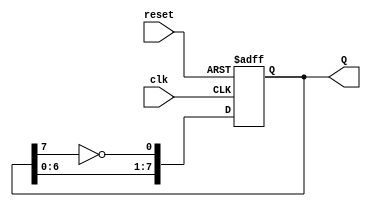
module johnson_counter (
    input wire clk,          // Clock input
    input wire reset,        // Asynchronous reset input
    output reg [7:0] Q       // 8-bit output
);

// Internal signals for the flip-flops
reg [7:0] flip_flops;

// Always block for the synchronous operation of the counter
always @(posedge clk or posedge reset) begin
    if (reset) begin
        // Reset the counter to 0
        flip_flops <= 8'b00000000;
    end else begin
        // Shift the flip-flops and implement the Johnson counter logic
        flip_flops[7:1] <= flip_flops[6:0];
        flip_flops[0] <= ~flip_flops[7]; // Feedback from the inverted last flip-flop
    end
end

// Assign the output
assign Q = flip_flops;

endmodule